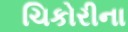
ચિકોરીના